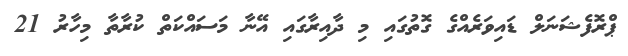
ޕްރޮފެޝަނަލް ޑައިވަރެއްގެ ގޮތުގައި މި ދާއިރާގައި އޭނާ މަސައްކަތް ކުރާތާ މިހާރު 21